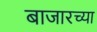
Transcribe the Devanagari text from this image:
बाजारच्या